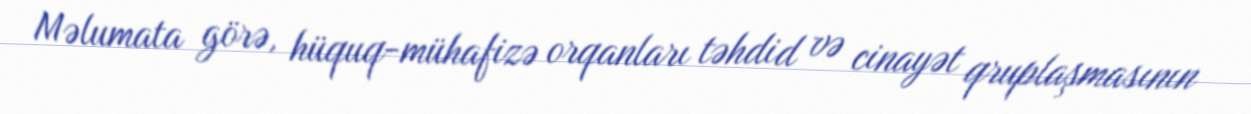
Məlumata görə, hüquq-mühafizə orqanları təhdid və cinayət qruplaşmasının